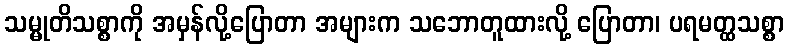
သမ္မုတိသစ္စာကို အမှန်လို့ပြောတာ အများက သဘောတူထားလို့ ပြောတာ၊ ပရမတ္ထသစ္စာ